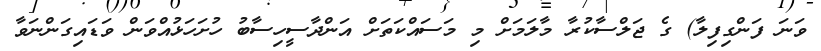
ވަނަ ފަންގިފިލާ) ގެ ޖަލްސާކުރާ މާލަމަށް މި މަސައްކަތަށް އަންދާސީހިސާބު ހުށަހަޅުއްވަން ވަޑައިގަންނަވާ